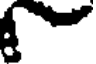
-